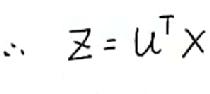
\(\therefore z = u^{\top}x\)